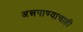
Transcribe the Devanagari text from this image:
अन्नपाण्याचाही